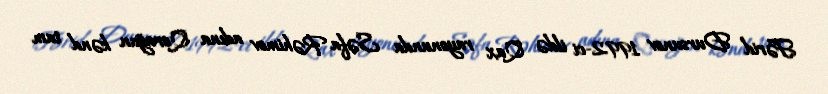
Fərid Dursunov 1992-ci ildə Qax rayonunda Səfa Rəhimov adına Qorağan kənd tam